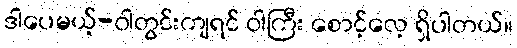
ဒါပေမယ့်-ဝါတွင်းကျရင် ဝါကြီး စောင့်လေ့ ရှိပါတယ်။